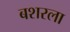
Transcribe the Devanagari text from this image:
बशरला